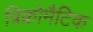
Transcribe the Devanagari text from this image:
त्रिक्रोमैटिक